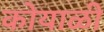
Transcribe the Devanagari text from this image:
कोयाळी